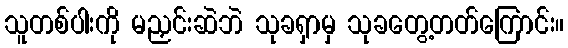
သူတစ်ပါးကို မညှင်းဆဲဘဲ သုခရှာမှ သုခတွေ့တတ်ကြောင်း။